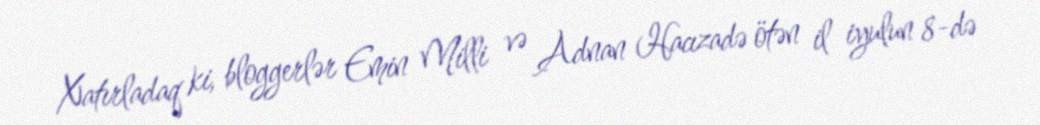
Xatırladaq ki, bloggerlər Emin Milli və Adnan Hacızadə ötən il iyulun 8-də